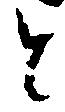
と